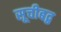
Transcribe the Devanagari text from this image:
सूचीबद्ब